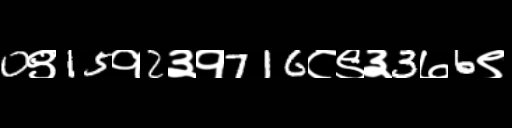
Text: 0९15१2३१716८९३3७6९